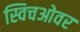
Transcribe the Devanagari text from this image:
स्विचओवर